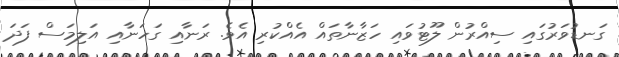
ގަނޑުވަރުގައި ސިއްރުން ލޫޓުވައި ހަޒާނާތައް އެއްކުރި އެވެ. ރަނާއި ގަހަނާއި އަލިމަސް ފަދަ